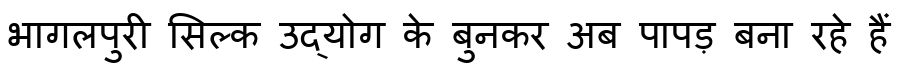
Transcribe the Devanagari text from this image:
भागलपुरी सिल्क उद्योग के बुनकर अब पापड़ बना रहे हैं